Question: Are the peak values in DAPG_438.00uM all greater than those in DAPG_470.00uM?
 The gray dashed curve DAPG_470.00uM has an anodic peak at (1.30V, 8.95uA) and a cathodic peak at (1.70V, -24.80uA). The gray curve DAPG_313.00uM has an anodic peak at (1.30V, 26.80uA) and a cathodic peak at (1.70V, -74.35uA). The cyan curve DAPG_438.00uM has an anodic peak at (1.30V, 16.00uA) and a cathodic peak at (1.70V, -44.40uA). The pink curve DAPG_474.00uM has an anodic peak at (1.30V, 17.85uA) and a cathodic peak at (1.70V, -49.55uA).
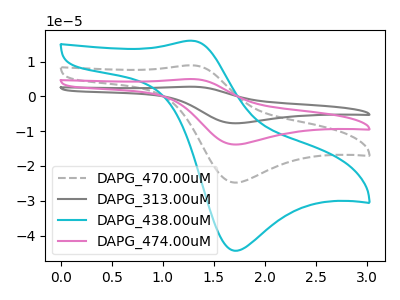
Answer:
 <answer>Every peak in "DAPG_438.00uM" is higher than every peak in "DAPG_470.00uM".</answer>
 <eval>higher</eval>